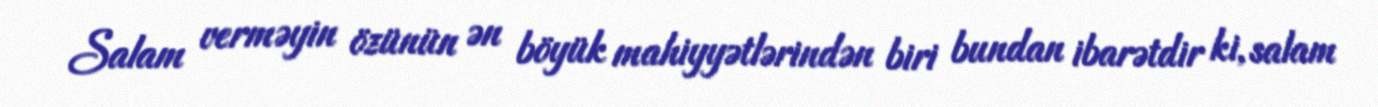
Salam verməyin özünün ən böyük mahiyyətlərindən biri bundan ibarətdir ki, salam